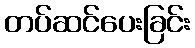
တပ်ဆင်ပေးခြင်း